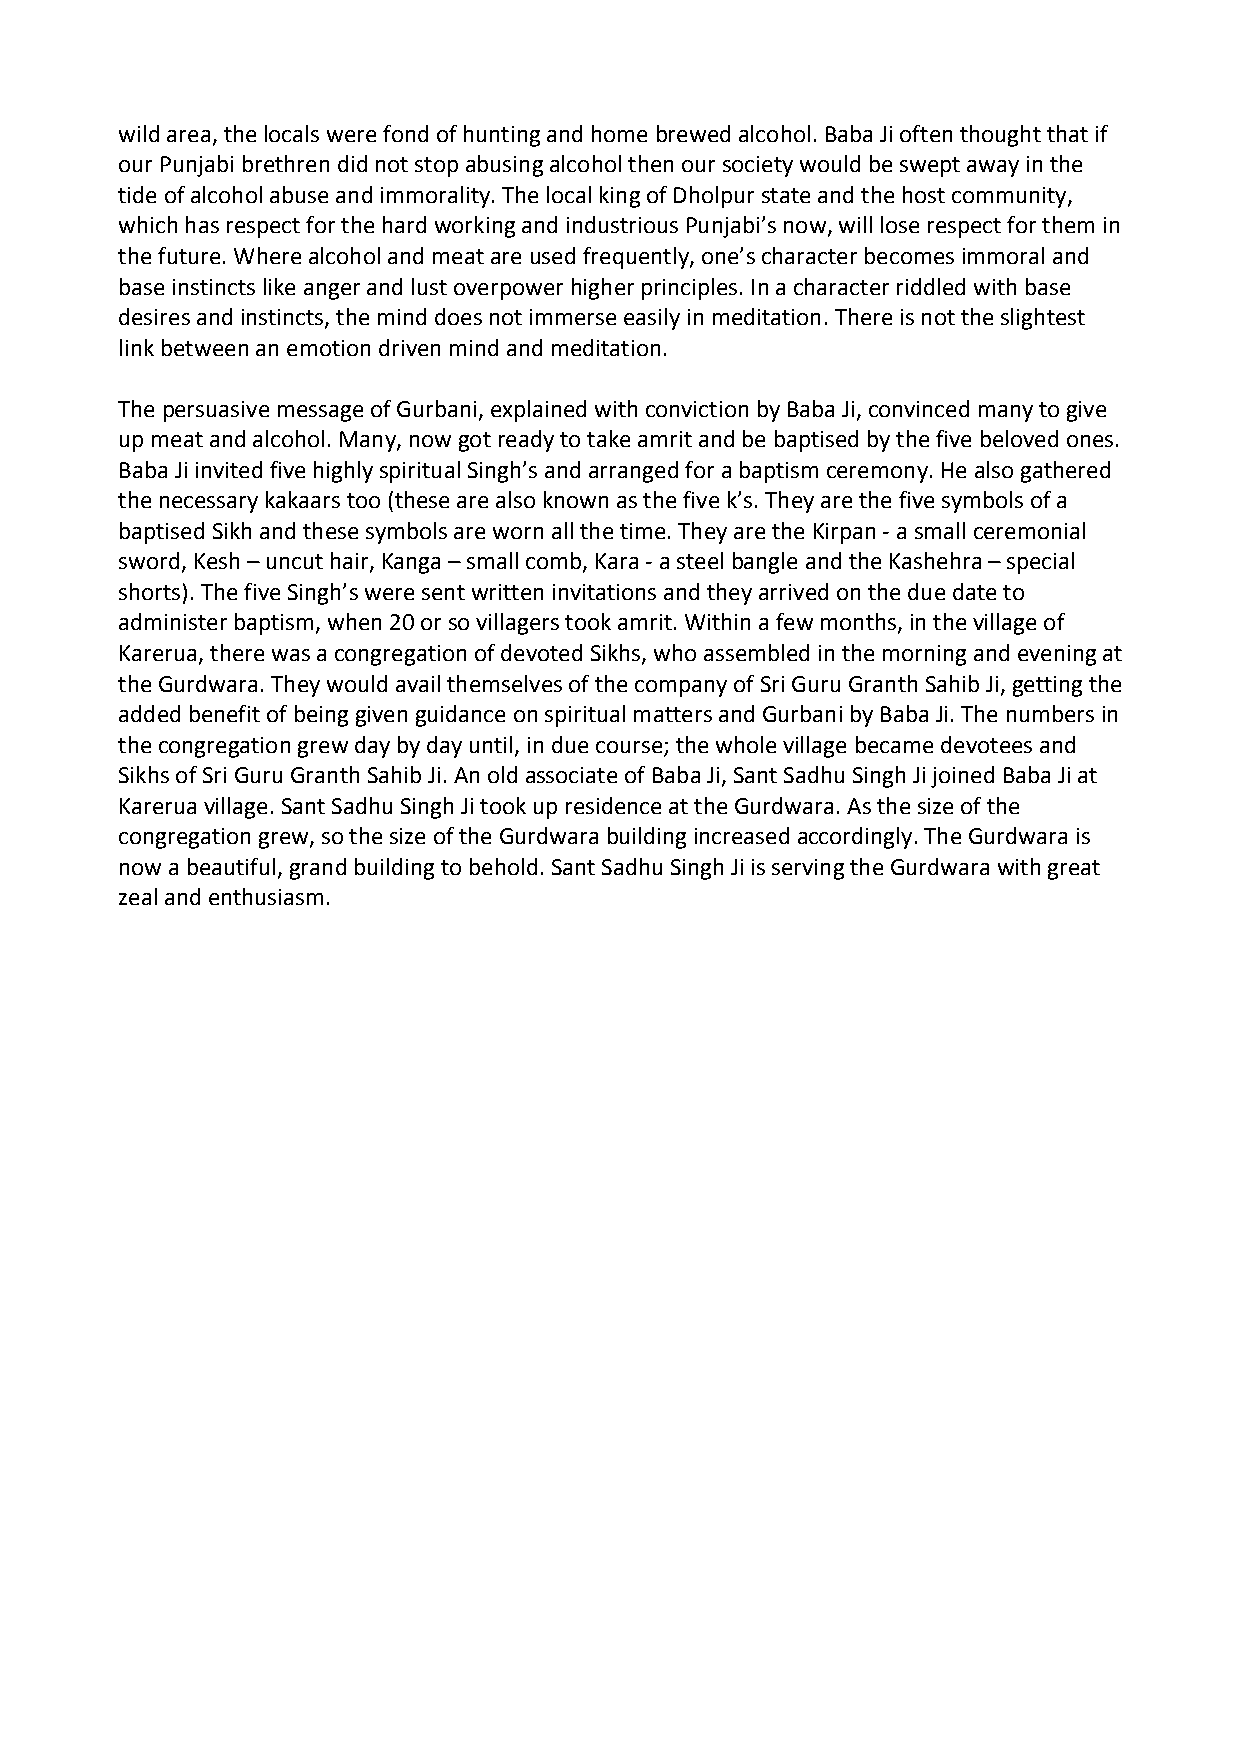
wild area, the locals were fond of hunting and home brewed alcohol. Baba Ji often thought that if
 our Punjabi brethren did not stop abusing alcohol then our society would be swept away in the
 tide of alcohol abuse and immorality. The local king of Dholpur state and the host community,
 which has respect for the hard working and industrious Punjabi’s now, will lose respect for them in
 the future. Where alcohol and meat are used frequently, one’s character becomes immoral and
 base instincts like anger and lust overpower higher principles. In a character riddled with base
 desires and instincts, the mind does not immerse easily in meditation. There is not the slightest
 link between an emotion driven mind and meditation.
 The persuasive message of Gurbani, explained with conviction by Baba Ji, convinced many to give
 up meat and alcohol. Many, now got ready to take amrit and be baptised by the five beloved ones.
 Baba Ji invited five highly spiritual Singh’s and arranged for a baptism ceremony. He also gathered
 the necessary kakaars too (these are also known as the five k’s. They are the five symbols of a
 baptised Sikh and these symbols are worn all the time. They are the Kirpan ‐ a small ceremonial
 sword, Kesh – uncut hair, Kanga – small comb, Kara ‐ a steel bangle and the Kashehra – special
 shorts). The five Singh’s were sent written invitations and they arrived on the due date to
 administer baptism, when 20 or so villagers took amrit. Within a few months, in the village of
 Karerua, there was a congregation of devoted Sikhs, who assembled in the morning and evening at
 the Gurdwara. They would avail themselves of the company of Sri Guru Granth Sahib Ji, getting the
 added benefit of being given guidance on spiritual matters and Gurbani by Baba Ji. The numbers in
 the congregation grew day by day until, in due course; the whole village became devotees and
 Sikhs of Sri Guru Granth Sahib Ji. An old associate of Baba Ji, Sant Sadhu Singh Ji joined Baba Ji at
 Karerua village. Sant Sadhu Singh Ji took up residence at the Gurdwara. As the size of the
 congregation grew, so the size of the Gurdwara building increased accordingly. The Gurdwara is
 now a beautiful, grand building to behold. Sant Sadhu Singh Ji is serving the Gurdwara with great
 zeal and enthusiasm.